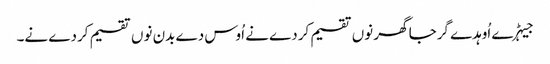
جیہڑے اُوہدے گرجا گھر نوں تقسیم کردے نے اُوس دے بدن نوں تقسیم کردے نے۔